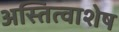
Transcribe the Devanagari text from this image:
अस्तित्वाशेष